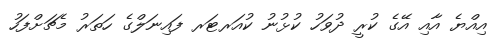
އިއްޔެ އާއި އޭގެ ކުރީ ދުވަހު ކުޅުނު ކުއަރޓަރ ފައިނަލްގެ ހަތަރު މެޗަށްފަހު